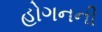
હોગનની